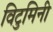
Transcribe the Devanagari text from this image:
विटुमिनी